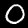
Digit: 0